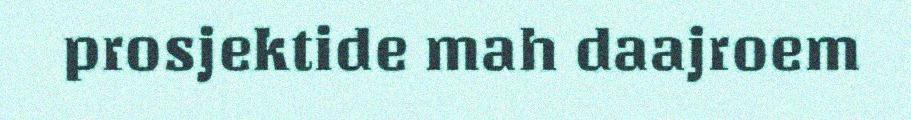
prosjektide mah daajroem